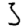
Digit: 3